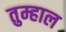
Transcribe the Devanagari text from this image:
तुम्हाल